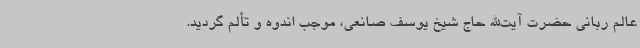
عالم ربانی حضرت آیت‌الله حاج شیخ یوسف صانعی، موجب اندوه و تألم گردید.